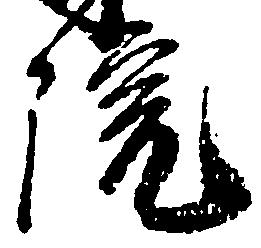
院